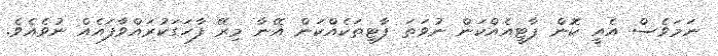
ނަމަވެސް އެއީ ކޮން ޕާޓީއެއްކަން ނުވަތަ ޕާޓީތަކެއްކަން އޭނާ މިރޭ ފާހަގަކުރައްވާފައެއް ނުވެއެވެ.